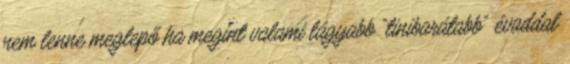
nem lenne meglepő ha megint valami lágyabb “tinibarátabb” évaddal